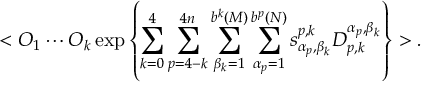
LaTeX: < { \cal O } _ { 1 } \cdots { \cal O } _ { k } \, \mathrm { e x p } \left\{ \sum _ { k = 0 } ^ { 4 } \sum _ { p = 4 - k } ^ { 4 n } \sum _ { \beta _ { k } = 1 } ^ { b ^ { k } ( { \cal M } ) } \sum _ { \alpha _ { p } = 1 } ^ { b ^ { p } ( { \cal N } ) } s _ { \alpha _ { p } , \beta _ { k } } ^ { p , k } { \cal D } _ { p , k } ^ { \alpha _ { p } , \beta _ { k } } \right\} > .